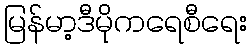
မြန်မာ့ဒီမိုကရေစီရေး